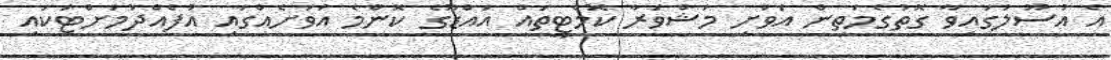
އެ އުސޫލުގައިވާ ގޮތުގެމަތިން އަވަށި މަޝްވަރާ ކޮމެޓީތައް އައްޑޫގެ ކޮންމެ އަވަށެއްގައި އުފެއްދުމަށްޓަކައި